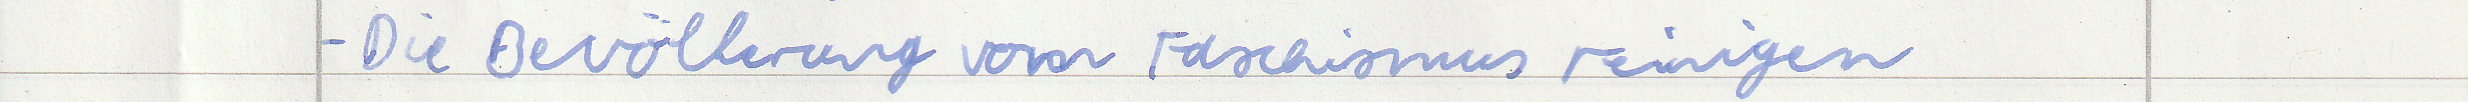
- Die Bevölkerung vom Faschismus reinigen